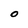
Character: O